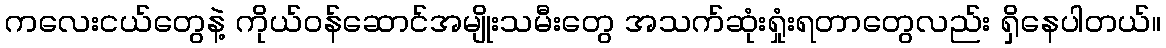
ကလေးငယ်တွေနဲ့ ကိုယ်ဝန်ဆောင်အမျိုးသမီးတွေ အသက်ဆုံးရှုံးရတာတွေလည်း ရှိနေပါတယ်။